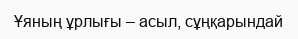
Ұяның ұрлығы – асыл, сұңқарындай